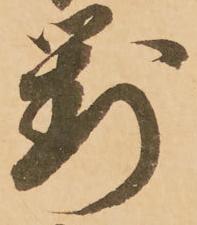
対